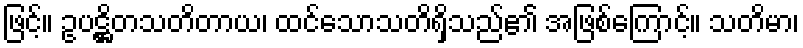
ဖြင့်။ ဥပဋ္ဌိတသတိတာယ၊ ထင်သောသတိရှိသည်၏ အဖြစ်ကြောင့်။ သတိမာ၊